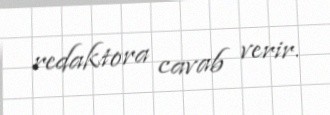
redaktora cavab verir.